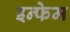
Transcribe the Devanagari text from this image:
इन्फेम